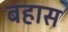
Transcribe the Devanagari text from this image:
बहास